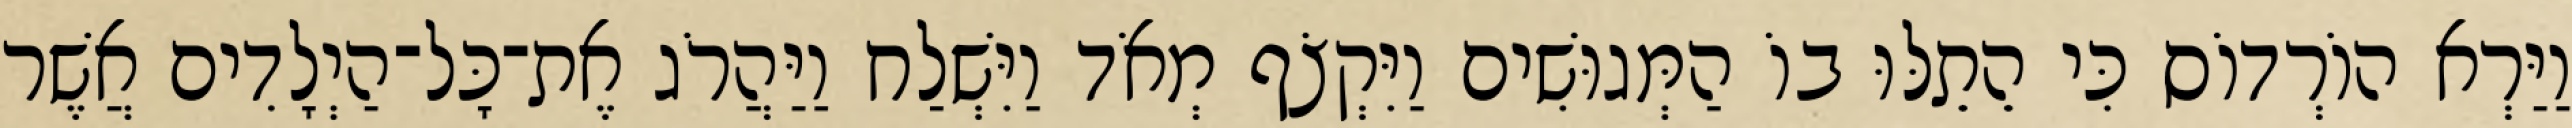
וַיַּרְא הוֹרְדוֹס כִּי הֵתֵלּוּ בוֹ הַמְּגוּשִׁים וַיִּקְצֹף מְאֹד וַיִּשְׁלַח וַיַּהֲרֹג אֶת־כָּל־הַיְלָדִים אֲשֶׁר